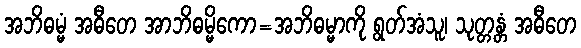
အဘိဓမ္မံ အဓီတေ အာဘိဓမ္မိကော=အဘိဓမ္မာကို ရွတ်အံသူ၊ သုတ္တန္တံ အဓီတေ